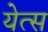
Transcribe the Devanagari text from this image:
येत्स